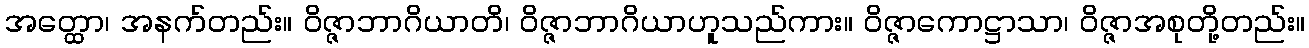
အတ္ထော၊ အနက်တည်း။ ဝိဇ္ဇာဘာဂိယာတိ၊ ဝိဇ္ဇာဘာဂိယာဟူသည်ကား။ ဝိဇ္ဇာကောဋ္ဌာသာ၊ ဝိဇ္ဇာအစုတို့တည်း။